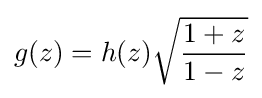
g(z)=h(z){\sqrt {\frac {1+z}{1-z}}}